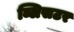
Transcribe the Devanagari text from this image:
ब्लिसटर